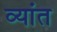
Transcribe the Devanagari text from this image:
व्यांत